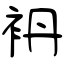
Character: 袇